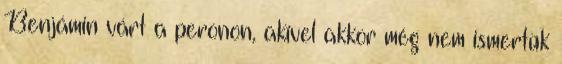
Benjámin várt a peronon, akivel akkor még nem ismertük